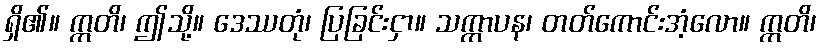
ရှိ၏။ ဣတိ၊ ဤသို့။ ဒေဿတုံ၊ ပြခြင်းငှာ။ သက္ကာပန၊ တတ်ကောင်းအံ့လော။ ဣတိ၊